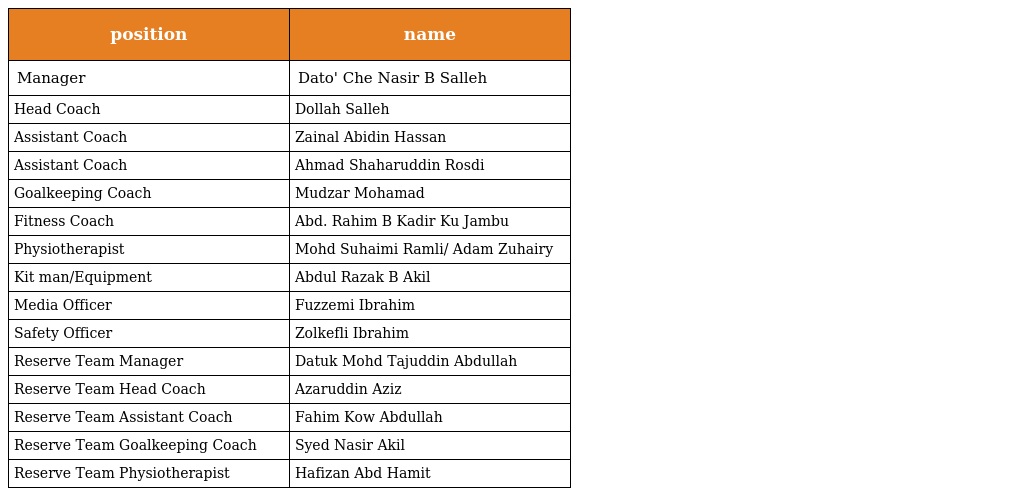
| position | name |
 | --- | --- |
 | Manager | Dato' Che Nasir B Salleh |
 | Head Coach | Dollah Salleh |
 | Assistant Coach | Zainal Abidin Hassan |
 | Assistant Coach | Ahmad Shaharuddin Rosdi |
 | Goalkeeping Coach | Mudzar Mohamad |
 | Fitness Coach | Abd. Rahim B Kadir Ku Jambu |
 | Physiotherapist | Mohd Suhaimi Ramli/ Adam Zuhairy |
 | Kit man/Equipment | Abdul Razak B Akil |
 | Media Officer | Fuzzemi Ibrahim |
 | Safety Officer | Zolkefli Ibrahim |
 | Reserve Team Manager | Datuk Mohd Tajuddin Abdullah |
 | Reserve Team Head Coach | Azaruddin Aziz |
 | Reserve Team Assistant Coach | Fahim Kow Abdullah |
 | Reserve Team Goalkeeping Coach | Syed Nasir Akil |
 | Reserve Team Physiotherapist | Hafizan Abd Hamit |